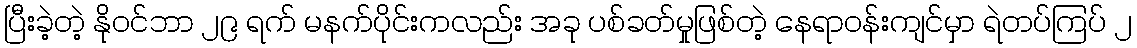
ပြီးခဲ့တဲ့ နိုဝင်ဘာ ၂၉ ရက် မနက်ပိုင်းကလည်း အခု ပစ်ခတ်မှုဖြစ်တဲ့ နေရာဝန်းကျင်မှာ ရဲတပ်ကြပ် ၂